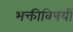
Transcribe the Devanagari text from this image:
भक्तीविषयीं